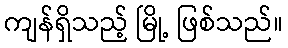
ကျန်ရှိသည့် မြို့ ဖြစ်သည်။